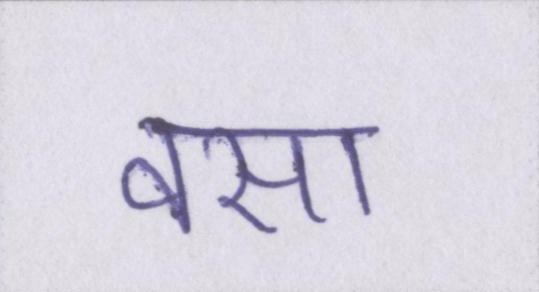
वसा